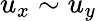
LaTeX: u_{x}\sim u_{y}